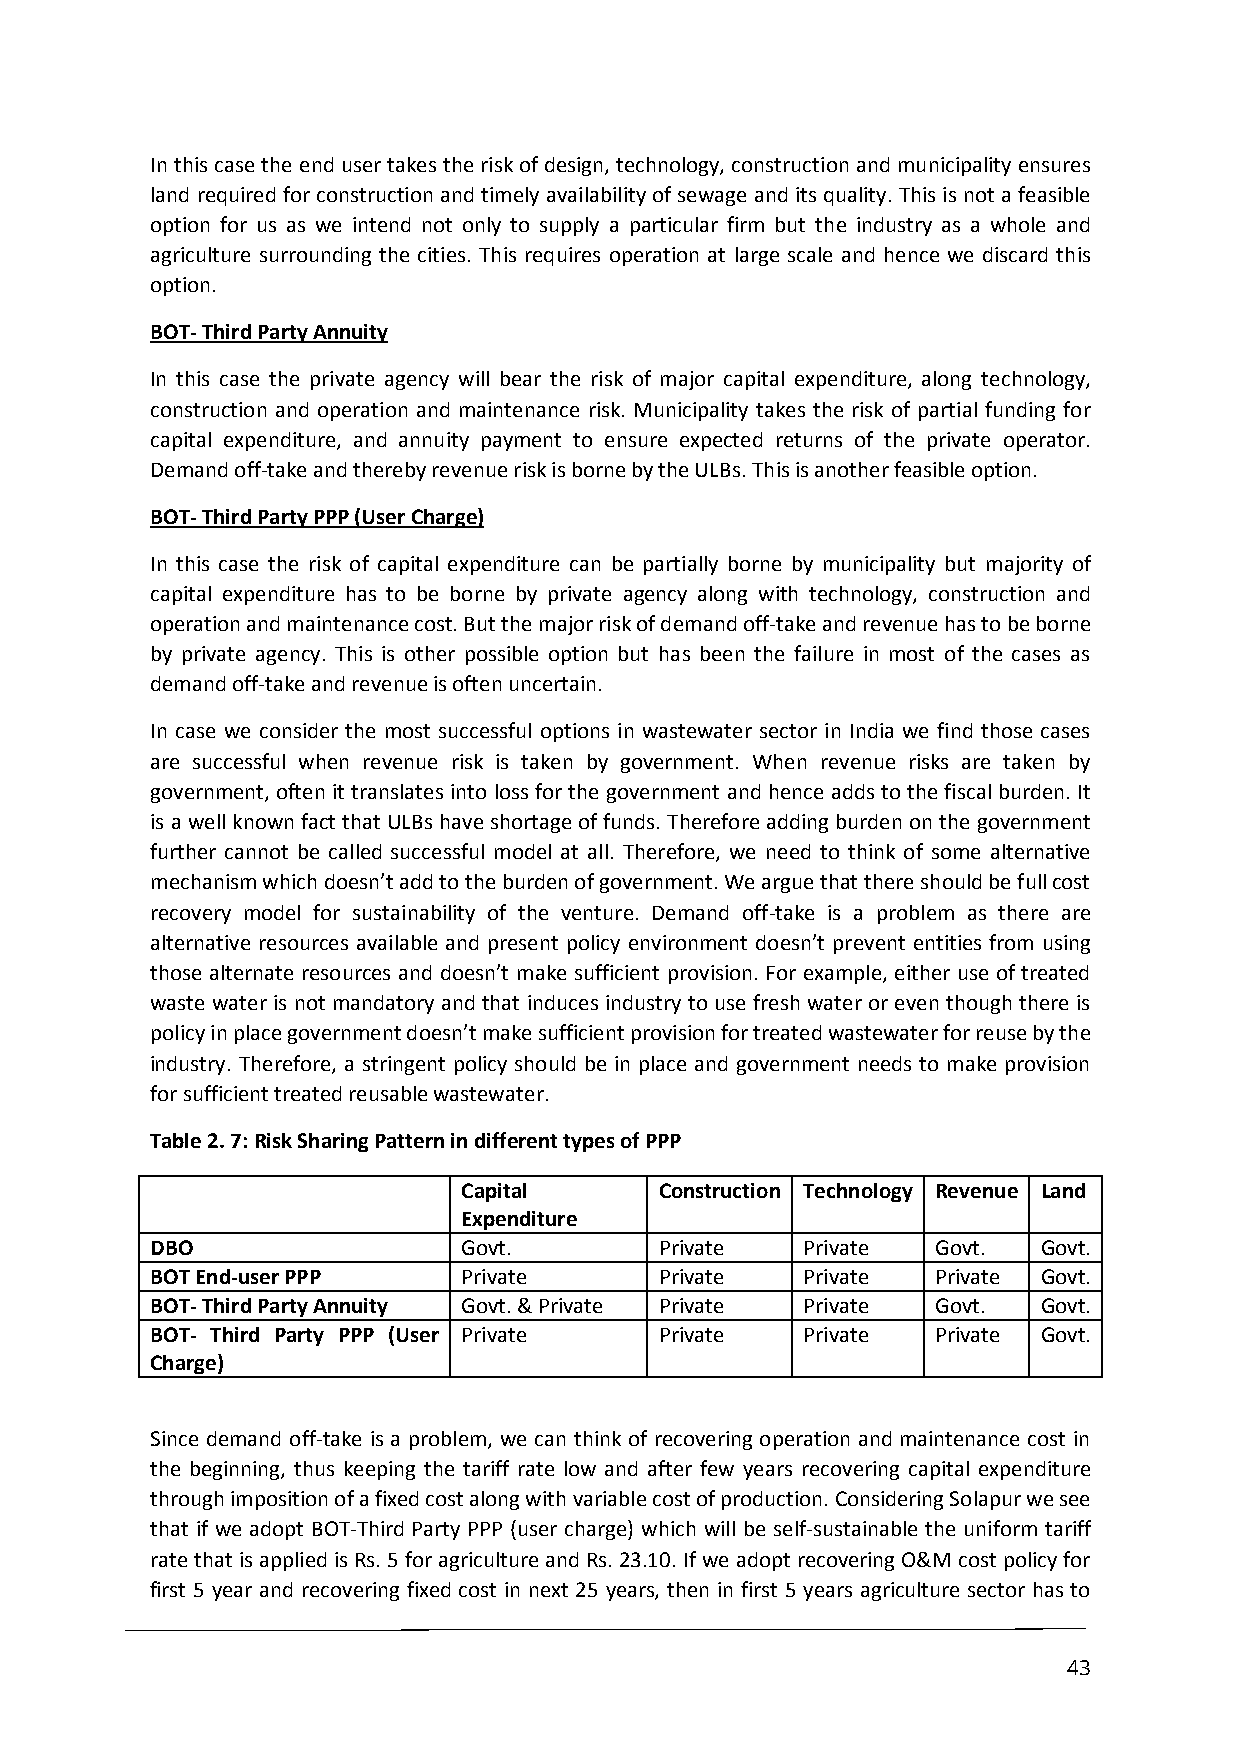
In this case the end user takes the risk of design, technology, construction and municipality ensures
 land required for construction and timely availability of sewage and its quality. This is not a feasible
 option for us as we intend not only to supply a particular firm but the industry as a whole and
 agriculture surrounding the cities. This requires operation at large scale and hence we discard this
 option.
 BOT- Third Party Annuity
 In this case the private agency will bear the risk of major capital expenditure, along technology,
 construction and operation and maintenance risk. Municipality takes the risk of partial funding for
 capital expenditure, and annuity payment to ensure expected returns of the private operator.
 Demand off-take and thereby revenue risk is borne by the ULBs. This is another feasible option.
 BOT- Third Party PPP (User Charge)
 In this case the risk of capital expenditure can be partially borne by municipality but majority of
 capital expenditure has to be borne by private agency along with technology, construction and
 operation and maintenance cost. But the major risk of demand off-take and revenue has to be borne
 by private agency. This is other possible option but has been the failure in most of the cases as
 demand off-take and revenue is often uncertain.
 In case we consider the most successful options in wastewater sector in India we find those cases
 are successful when revenue risk is taken by government. When revenue risks are taken by
 government, often it translates into loss for the government and hence adds to the fiscal burden. It
 is a well known fact that ULBs have shortage of funds. Therefore adding burden on the government
 further cannot be called successful model at all. Therefore, we need to think of some alternative
 mechanism which doesn’t add to the burden of government. We argue that there should be full cost
 recovery model for sustainability of the venture. Demand off-take is a problem as there are
 alternative resources available and present policy environment doesn’t prevent entities from using
 those alternate resources and doesn’t make sufficient provision. For example, either use of treated
 waste water is not mandatory and that induces industry to use fresh water or even though there is
 policy in place government doesn’t make sufficient provision for treated wastewater for reuse by the
 industry. Therefore, a stringent policy should be in place and government needs to make provision
 for sufficient treated reusable wastewater.
 Table 2. 7: Risk Sharing Pattern in different types of PPP
 Capital      Construction Technology Revenue Land
 Expenditure
 DBO                  Govt.        Private  Private  Govt.  Govt.
 BOT End-user PPP     Private      Private  Private  Private Govt.
 BOT- Third Party Annuity Govt. & Private Private Private Govt. Govt.
 BOT- Third Party PPP (User Private Private Private  Private Govt.
 Charge)
 Since demand off-take is a problem, we can think of recovering operation and maintenance cost in
 the beginning, thus keeping the tariff rate low and after few years recovering capital expenditure
 through imposition of a fixed cost along with variable cost of production. Considering Solapur we see
 that if we adopt BOT-Third Party PPP (user charge) which will be self-sustainable the uniform tariff
 rate that is applied is Rs. 5 for agriculture and Rs. 23.10. If we adopt recovering O&M cost policy for
 first 5 year and recovering fixed cost in next 25 years, then in first 5 years agriculture sector has to
 43